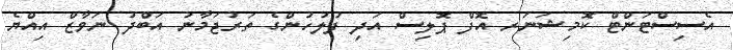
އެސިސްޓަންޓް ކޮމިޝަނަރ އޮފް ޕޮލިސް އަދި ފުލުހުންގެ ތަރުޖަމާނު އަބްދު ނަވާޒް އިއްޔެ